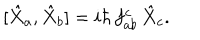
[ \hat { X } _ { a } , \hat { X } _ { b } ] = i \hbar \, f _ { a b } ^ { c } \, \hat { X } _ { c } .